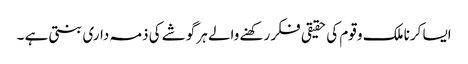
ایسا کرنا ملک و قوم کی حقیقی فکر رکھنے والے ہر گوشے کی ذمہ داری بنتی ہے ۔